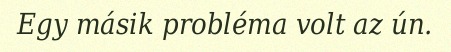
Egy másik probléma volt az ún.